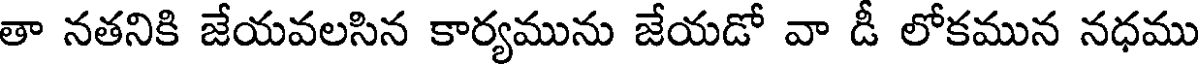
తా నతనికి జేయవలసిన కార్యమును జేయడో వా డీ లోకమున నధము